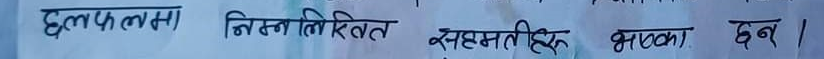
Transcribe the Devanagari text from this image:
छलफलमा निम्नलिखित सदस्यहरु भएका छन ।